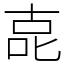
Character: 㖛